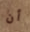
أن